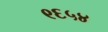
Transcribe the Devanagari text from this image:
९६५४